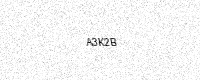
Text: A3K2B